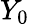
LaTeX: Y_{0}